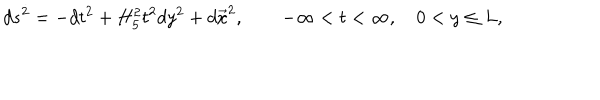
LaTeX: d s ^ { 2 } = - d t ^ { 2 } + H _ { 5 } ^ { 2 } t ^ { 2 } d y ^ { 2 } + d \vec { x } ^ { 2 } , \qquad - \infty < t < \infty , \quad 0 < y \leq L ,